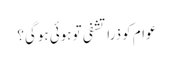
عوام کو ذرا تشفی تو ہوئی ہوگی؟